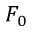
F _ { 0 }